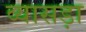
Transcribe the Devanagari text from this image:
व्यासड़ा